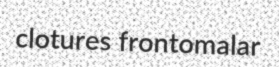
clotures frontomalar